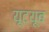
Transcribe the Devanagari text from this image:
यूटय़ूब